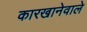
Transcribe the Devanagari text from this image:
कारखानेवाले